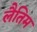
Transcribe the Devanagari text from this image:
लैतिम